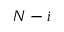
N - i